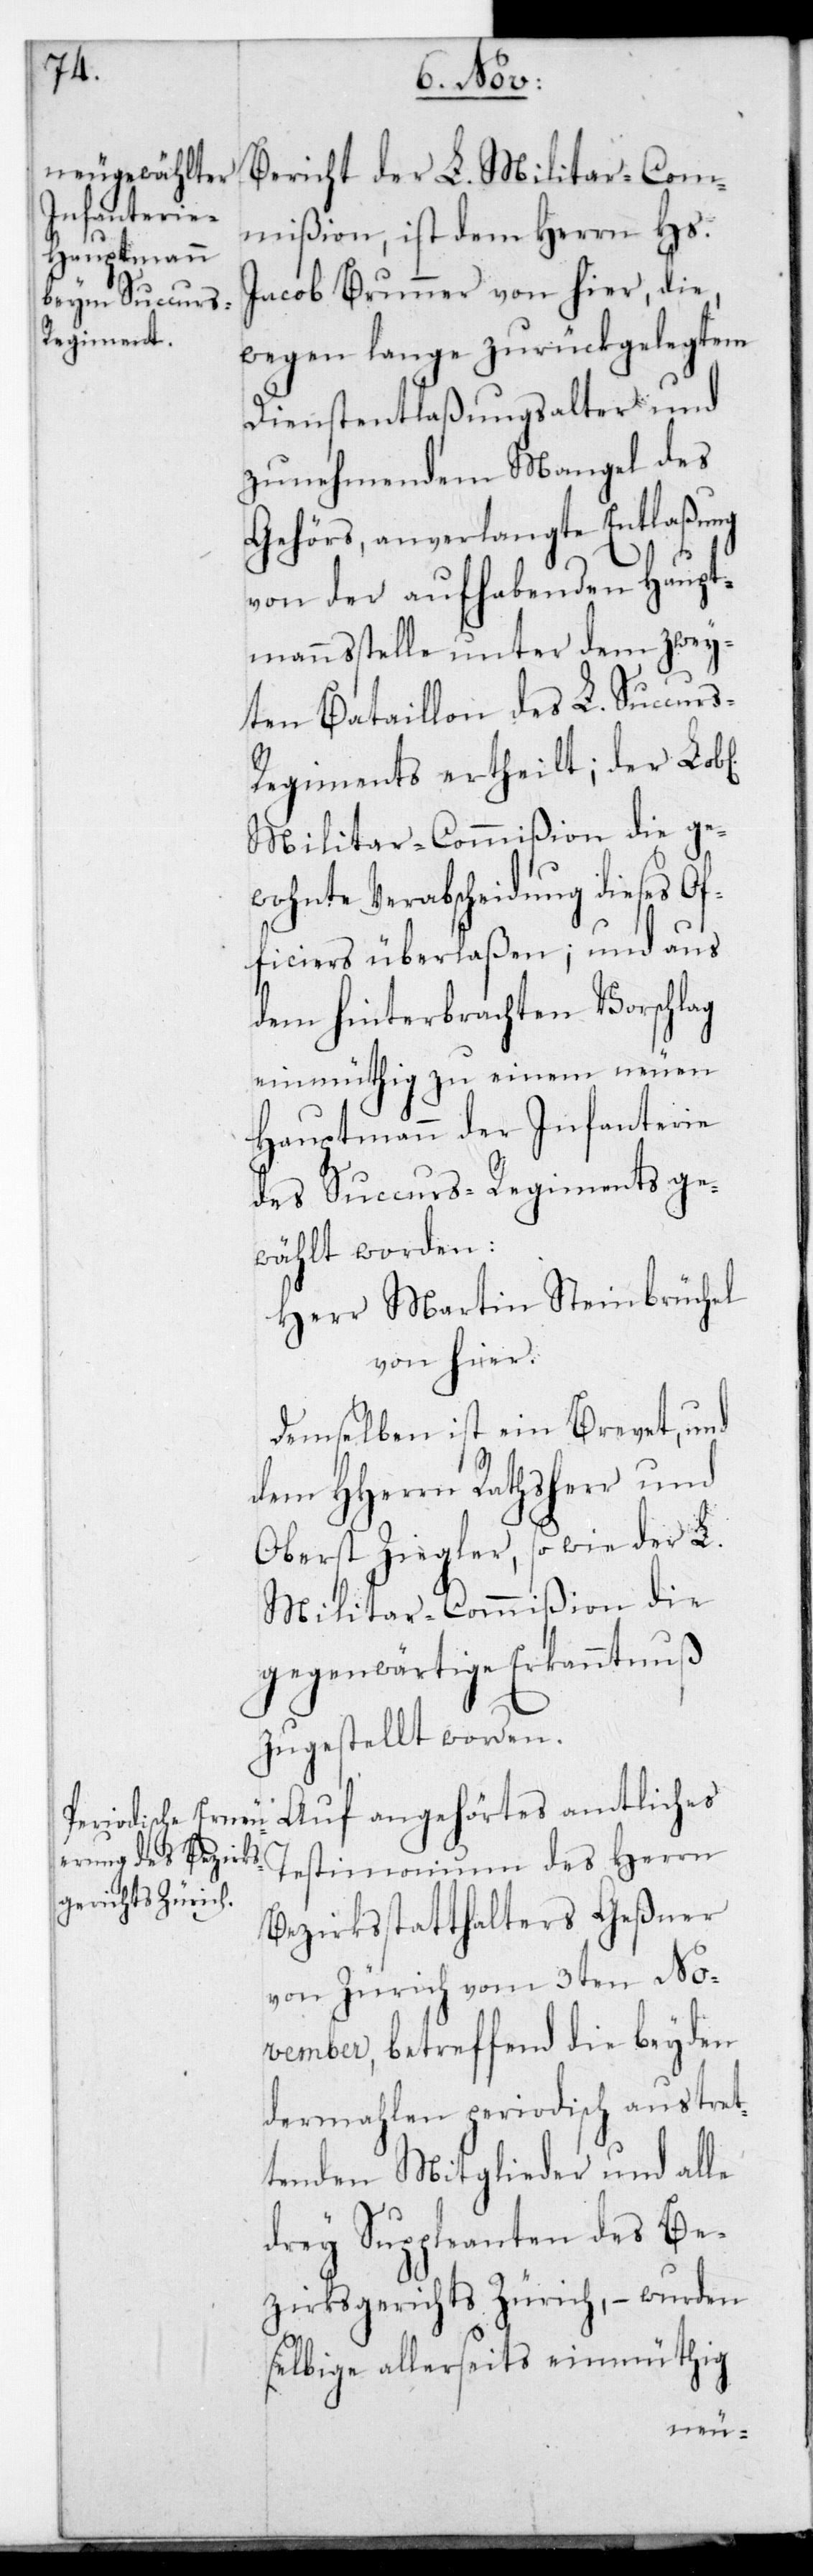
Bericht der L. Militar-Com¬
mißion, ist dem Herrn Hs.
Jacob Brunner von hier, die,
wegen lange zurückgelegtem
Dienstentlaßungsalter und
zunehmendem Mangel des
Gehörs, anverlangte Entlaßung
von der aufhabenden Haupt¬
mannsstelle unter dem zwey¬
ten Bataillon des L. Succur¬
s-Regiments ertheilt; der L.
Militar-Commißion die ge¬
wohnte Verabscheidung dieses Of¬
ficiers überlaßen; und aus
dem hinterbrachten Vorschlag
einmüthig zu einem neuen
Hauptmann der Infanterie
des Succurs-Regiments ge¬
wählt worden:
Herr Martin Steinbrüchel
von hier.
Demselben ist ein Brevet, und
dem HHerrn Rathsherr und
Oberst Ziegler, sowie der L.
Militar-Commißion, die
gegenwärtige Erkanntnuß
zugestellt worden.
Auf angehörtes amtliches
Testimonium des Herrn
Bezirksstatthalters Geßner
von Zürich vom 3ten No¬
vember, betreffend die beyden
dermahlen periodisch austret¬
tenden Mitglieder und alle
drey Suppleanten des Be¬
zirksgerichts Zürich, – wurden
selbige allerseits einmüthig